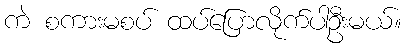
ကဲ စကားမစပ် ထပ်ပြောလိုက်ပါဦးမယ်။